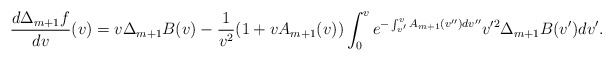
\begin{align*} \frac{d\Delta_{m+1}f}{dv}(v)=v\Delta_{m+1}B(v)-\frac{1}{v^2}(1+vA_{m+1}(v))\int_0^ve^{-\int_{v'}^vA_{m+1}(v'')dv''}v'^2\Delta_{m+1}B(v')dv'.\end{align*}